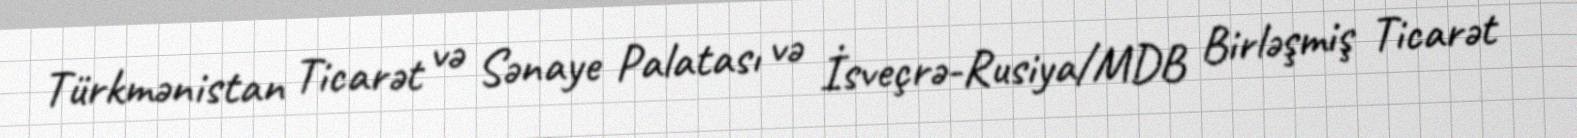
Türkmənistan Ticarət və Sənaye Palatası və İsveçrə-Rusiya/MDB Birləşmiş Ticarət